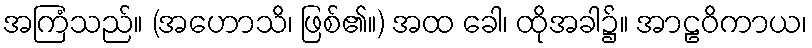
အကြံသည်။ (အဟောသိ၊ ဖြစ်၏။) အထ ခေါ၊ ထိုအခါ၌။ အာဠဝိကာယ၊